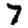
Digit: 7